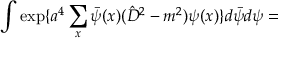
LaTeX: \int \exp \{ a ^ { 4 } \sum _ { x } \bar { \psi } ( x ) ( \hat { D } ^ { 2 } - m ^ { 2 } ) \psi ( x ) \} d \bar { \psi } d \psi =